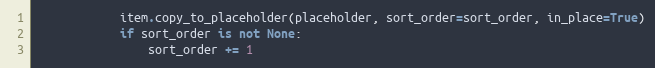
Language: Python
            item.copy_to_placeholder(placeholder, sort_order=sort_order, in_place=True)
            if sort_order is not None:
                sort_order += 1